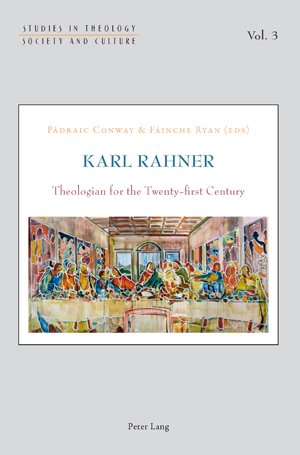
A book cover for Karl Rahner: Theologian for the Twenty-first Century (Studies in Theology, Society and Culture); Christian Books & Bibles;